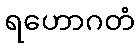
ရဟောဂတံ